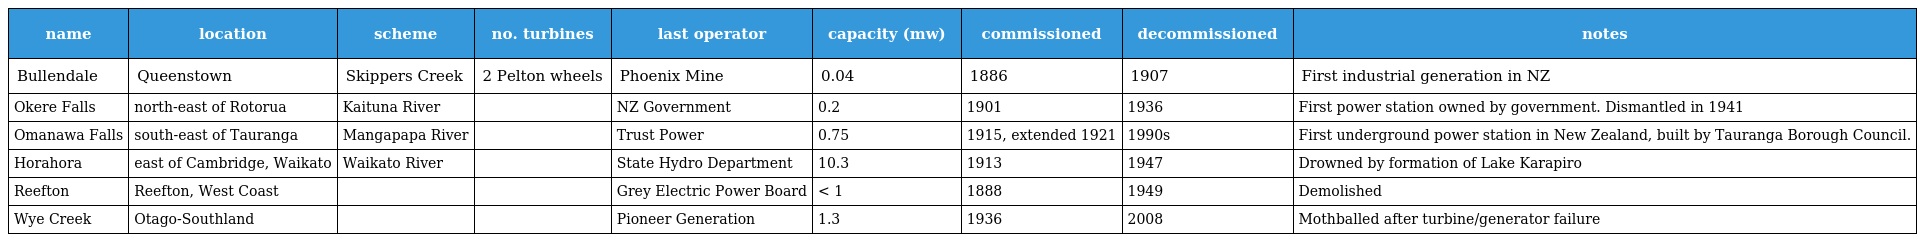
| name | location | scheme | no. turbines | last operator | capacity (mw) | commissioned | decommissioned | notes |
 | --- | --- | --- | --- | --- | --- | --- | --- | --- |
 | Bullendale | Queenstown | Skippers Creek | 2 Pelton wheels | Phoenix Mine | 0.04 | 1886 | 1907 | First industrial generation in NZ |
 | Okere Falls | north-east of Rotorua | Kaituna River |  | NZ Government | 0.2 | 1901 | 1936 | First power station owned by government. Dismantled in 1941 |
 | Omanawa Falls | south-east of Tauranga | Mangapapa River |  | Trust Power | 0.75 | 1915, extended 1921 | 1990s | First underground power station in New Zealand, built by Tauranga Borough Council. |
 | Horahora | east of Cambridge, Waikato | Waikato River |  | State Hydro Department | 10.3 | 1913 | 1947 | Drowned by formation of Lake Karapiro |
 | Reefton | Reefton, West Coast |  |  | Grey Electric Power Board | < 1 | 1888 | 1949 | Demolished |
 | Wye Creek | Otago-Southland |  |  | Pioneer Generation | 1.3 | 1936 | 2008 | Mothballed after turbine/generator failure |